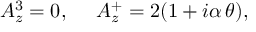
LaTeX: A _ { z } ^ { 3 } = 0 , \ \ \ \ A _ { z } ^ { + } = 2 ( 1 + i \alpha \, \theta ) ,